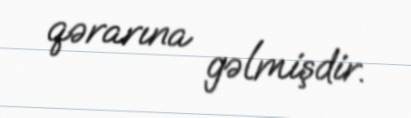
qərarına gəlmişdir.